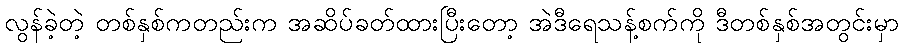
လွန်ခဲ့တဲ့ တစ်နှစ်ကတည်းက အဆိပ်ခတ်ထားပြီးတော့ အဲဒီရေသန့်စက်ကို ဒီတစ်နှစ်အတွင်းမှာ